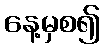
နေ့မှစ၍